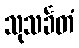
သုသင်္ခတံ